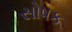
સોષક